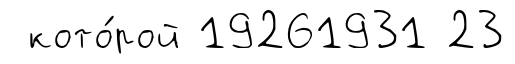
кото́рой 19261931 23